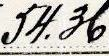
54.36